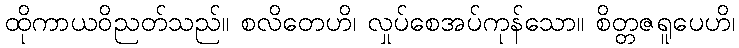
ထိုကာယဝိညတ်သည်။ စလိတေဟိ၊ လှုပ်စေအပ်ကုန်သော။ စိတ္တဇရူပေဟိ၊